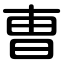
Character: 曺